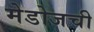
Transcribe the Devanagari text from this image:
मेडोजची